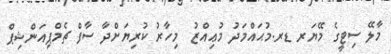
މާލޭ ސިޓީގެ މޭޔަރ ޑރ.މުޙައްމަދު މުޢިއްޒު  މިހާރު ކުރިޔަށްދާ ސާފް ޗެމްޕިއަންޝިޕް